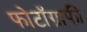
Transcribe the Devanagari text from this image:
फोटॉग्राफी